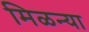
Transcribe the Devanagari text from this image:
मिळन्या